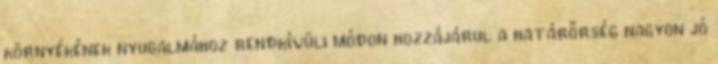
környékének nyugalmához rendkívüli módon hozzájárul a határőrség nagyon jó